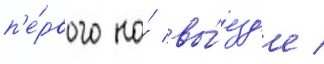
п'е́рвого на́ вы́езд'е /